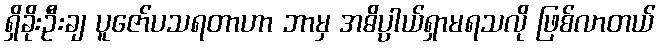
ရှိခိုးဦးချ ပူဇော်ပသရတာဟာ ဘာမှ အဓိပ္ပာယ်ရှာမရသလို ဖြစ်လာတယ်